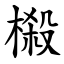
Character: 榝